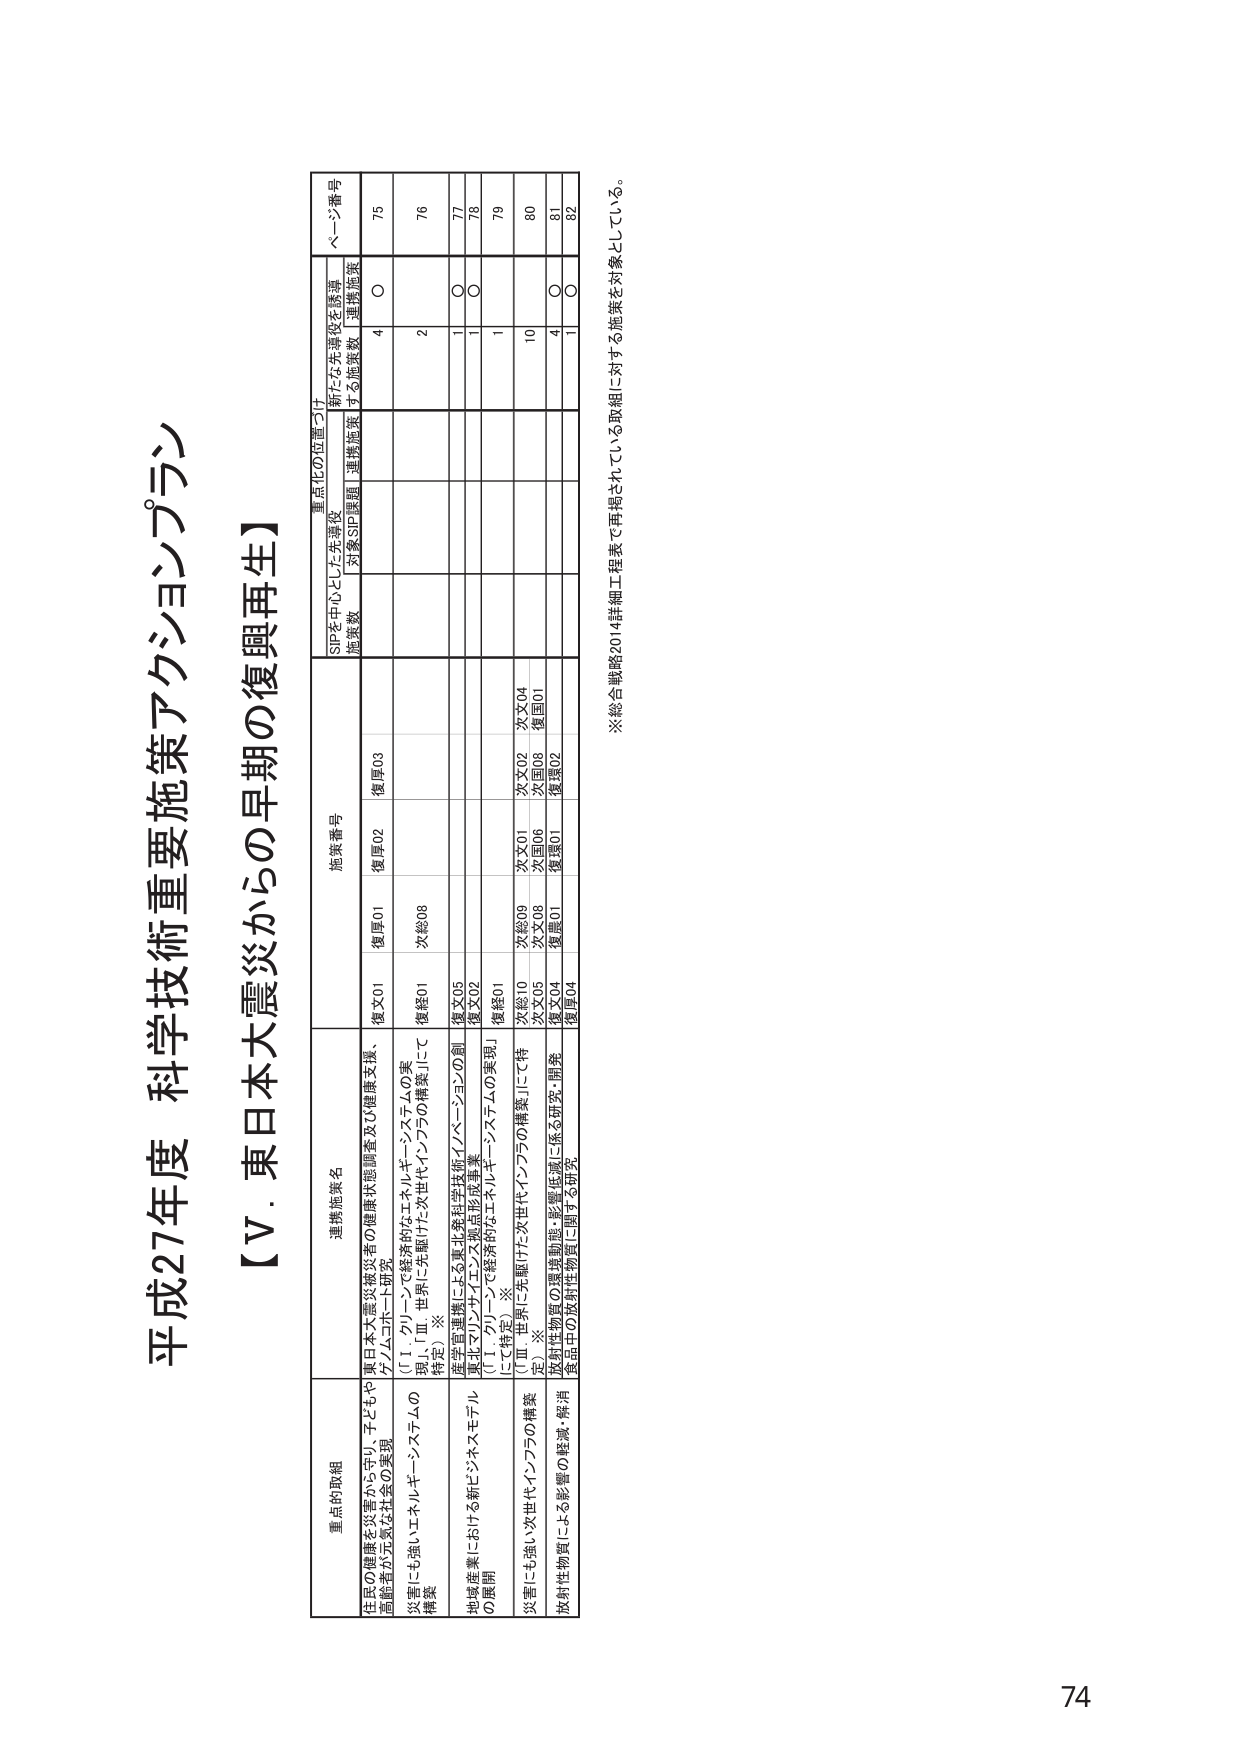
平成27年度 科学技術重要施策アクションプラン

【Ⅴ．東日本大震災からの早期の復興再生】

重点的取組
選択施策名
施策番号
重点化の位置づけ
ページ番号

住民の健康を災害から守り、子どもや高齢者など元気な社会の実現
東日本大震災被災者の健康状態調査及び健康支援、
ゲノムコホート研究
復X01 復厚01 復厚02 復厚03
SIPを中心とした先導役
施策数
対象SIP課題
連携施策
新たなお先導役を誘導
する施策数
連携施策
75

災害にも強いエネルギーシステムの構築
（Ⅰ．グリーンで経済的なエネルギーシステムの実現」、「Ⅲ．世界に先駆けた次世代インフラの構築」にて特定）※
復総01 次総08
4
○

地場産業における新ビジネスモデルの展開
産学官連携による東北発科学技術イノベーションの創出とグリーンビジネス端点形成事業
（Ⅰ．グリーンで経済的なエネルギーシステムの実現」にて特定）※
復X05 復X02 復総01
2
1
○
76

災害にも強い次世代インフラの構築
（Ⅱ．「世界に先駆けた次世代インフラの構築」にて特定）※
次総10 次総09 次文01 次文02 次文04 次文08 次国06 次国08 復国01
1
1
○
77

放射性物質による影響の軽減・解消
放射性物質の環境動態・影響/低減に係る研究・開発
食品中の放射性物質に関する研究
復X04 復厚01 復厚02 復厚04
10
4
○
78

79
80
81
82

※総合戦略2014詳細工程表で再掲されている取組に対する施策を対象としている。

74